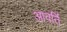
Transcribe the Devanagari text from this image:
आवर्ति